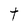
Character: t